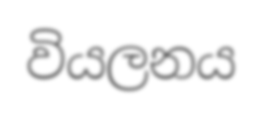
වියලනය